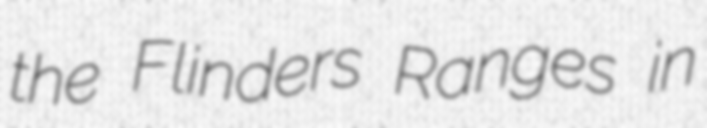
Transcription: the Flinders Ranges in